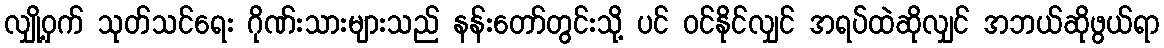
လျှို့ဝှက် သုတ်သင်ရေး ဂိုဏ်းသားများသည် နန်းတော်တွင်းသို့ ပင် ဝင်နိုင်လျှင် အရပ်ထဲဆိုလျှင် အဘယ်ဆိုဖွယ်ရာ